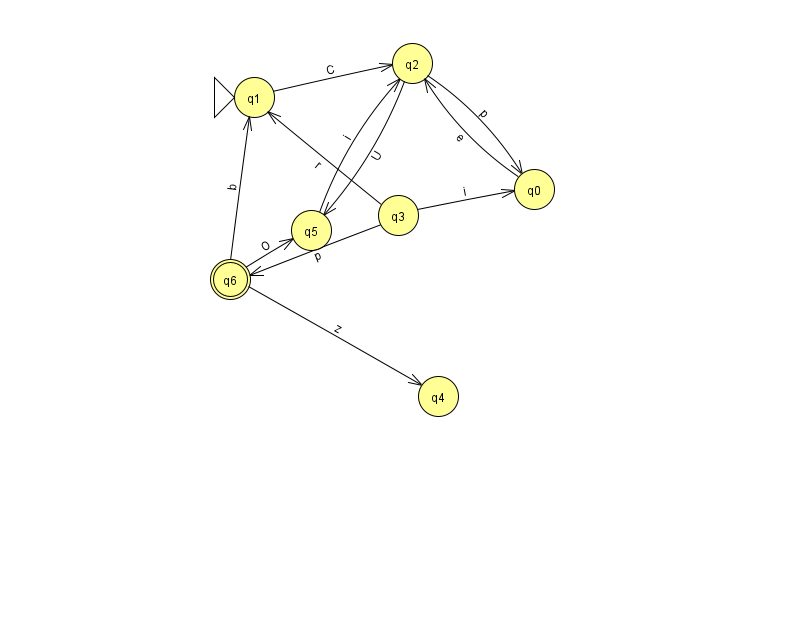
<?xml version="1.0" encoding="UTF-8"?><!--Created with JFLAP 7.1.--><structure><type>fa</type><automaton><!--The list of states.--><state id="0" name="q0"><x>534.0</x><y>176.0</y></state><state id="1" name="q1"><x>254.0</x><y>84.0</y><initial/></state><state id="2" name="q2"><x>412.0</x><y>50.0</y></state><state id="3" name="q3"><x>398.0</x><y>202.0</y></state><state id="4" name="q4"><x>438.0</x><y>383.0</y></state><state id="5" name="q5"><x>311.0</x><y>217.0</y></state><state id="6" name="q6"><x>230.0</x><y>266.0</y><final/></state><!--The list of transitions.--><transition><from>3</from><to>6</to><read>p</read></transition><transition><from>3</from><to>0</to><read>i</read></transition><transition><from>2</from><to>5</to><read>U</read></transition><transition><from>0</from><to>2</to><read>e</read></transition><transition><from>5</from><to>2</to><read>i</read></transition><transition><from>1</from><to>2</to><read>C</read></transition><transition><from>6</from><to>4</to><read>z</read></transition><transition><from>2</from><to>0</to><read>p</read></transition><transition><from>3</from><to>1</to><read>r</read></transition><transition><from>6</from><to>1</to><read>b</read></transition><transition><from>6</from><to>5</to><read>O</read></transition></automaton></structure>